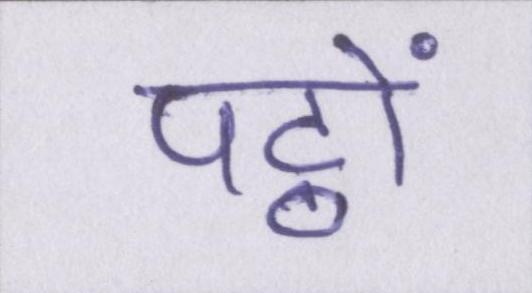
पट्ठों